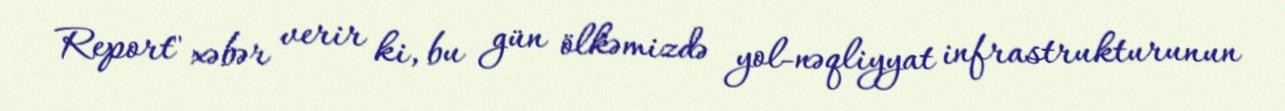
Report" xəbər verir ki, bu gün ölkəmizdə yol-nəqliyyat infrastrukturunun